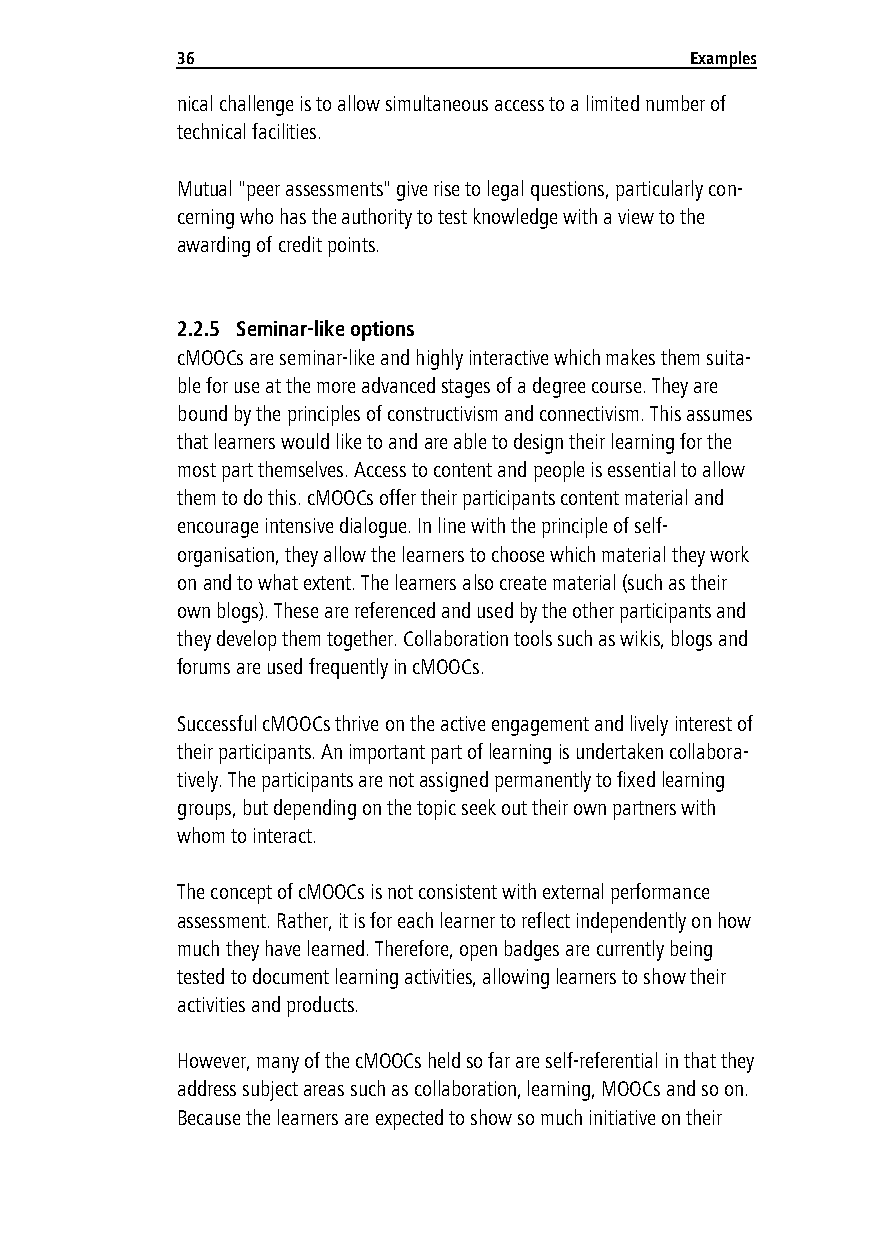
36                                Examples
 nical challenge is to allow simultaneous access to a limited number of
 technical facilities.
 Mutual "peer assessments" give rise to legal questions, particularly con-
 cerning who has the authority to test knowledge with a view to the
 awarding of credit points.
 2.2.5 Seminar-like options
 cMOOCs are seminar-like and highly interactive which makes them suita-
 ble for use at the more advanced stages of a degree course. They are
 bound by the principles of constructivism and connectivism. This assumes
 that learners would like to and are able to design their learning for the
 most part themselves. Access to content and people is essential to allow
 them to do this. cMOOCs offer their participants content material and
 encourage intensive dialogue. In line with the principle of self-
 organisation, they allow the learners to choose which material they work
 on and to what extent. The learners also create material (such as their
 own blogs). These are referenced and used by the other participants and
 they develop them together. Collaboration tools such as wikis, blogs and
 forums are used frequently in cMOOCs.
 Successful cMOOCs thrive on the active engagement and lively interest of
 their participants. An important part of learning is undertaken collabora-
 tively. The participants are not assigned permanently to fixed learning
 groups, but depending on the topic seek out their own partners with
 whom to interact.
 The concept of cMOOCs is not consistent with external performance
 assessment. Rather, it is for each learner to reflect independently on how
 much they have learned. Therefore, open badges are currently being
 tested to document learning activities, allowing learners to show their
 activities and products.
 However, many of the cMOOCs held so far are self-referential in that they
 address subject areas such as collaboration, learning, MOOCs and so on.
 Because the learners are expected to show so much initiative on their